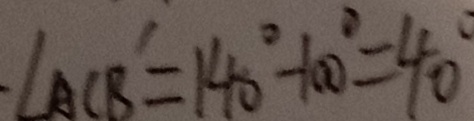
\angle A C B ^ { \prime } = 1 4 0 ^ { \circ } - 1 0 0 ^ { \circ } = 4 0 ^ { \circ }